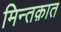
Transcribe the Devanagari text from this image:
मिन्तक़ात